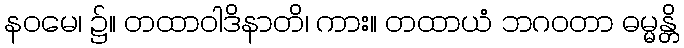
နဝမေ၊ ၌။ တထာဝါဒိနာတိ၊ ကား။ တထာယံ ဘဂဝတာ ဓမ္မန္တိ